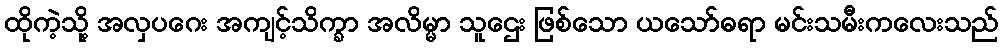
ထိုကဲ့သို့ အလှပဂေး အကျင့်သိက္ခာ အလိမ္မာ သူဌေး ဖြစ်သော ယသော်ဓရာ မင်းသမီးကလေးသည်